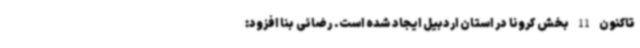
تاکنون 11 بخش کرونا در استان اردبیل ایجاد شده است. رضائی بنا افزود: